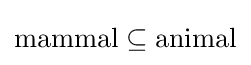
{\text{mammal}}\subseteq {\text{animal}}